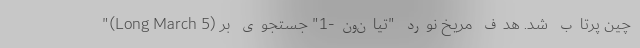
"(Long March 5) چین پرتاب شد. هدف مریخ نورد "تیان‌ون-1" جستجوی بر